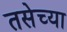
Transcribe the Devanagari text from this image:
तसेच्या